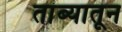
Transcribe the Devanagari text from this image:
तांब्यातून